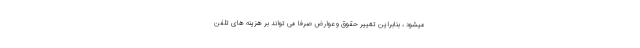
میشود ، بنابراین تغییر حقوق و عوارض صرفا می تواند بر هزینه های تلفن